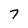
Character: 7